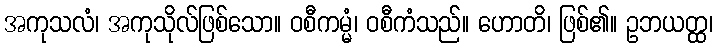
အကုသလံ၊ အကုသိုလ်ဖြစ်သော။ ဝစီကမ္မံ၊ ဝစီကံသည်။ ဟောတိ၊ ဖြစ်၏။ ဥဘယတ္ထ၊